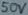
Text: 50V